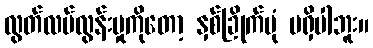
လွတ်လပ်လွန်းမှုကိုတော့ နှစ်ခြိုက်ပုံ မရှိပါဘူး။